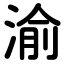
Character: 渝